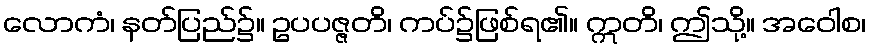
လောကံ၊ နတ်ပြည်၌။ ဥပပဇ္ဇတိ၊ ကပ်၌ဖြစ်ရ၏။ ဣတိ၊ ဤသို့။ အဝေါစ၊